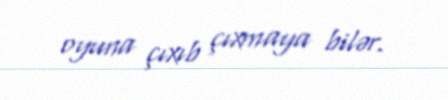
oyuna çıxıb çıxmaya bilər.